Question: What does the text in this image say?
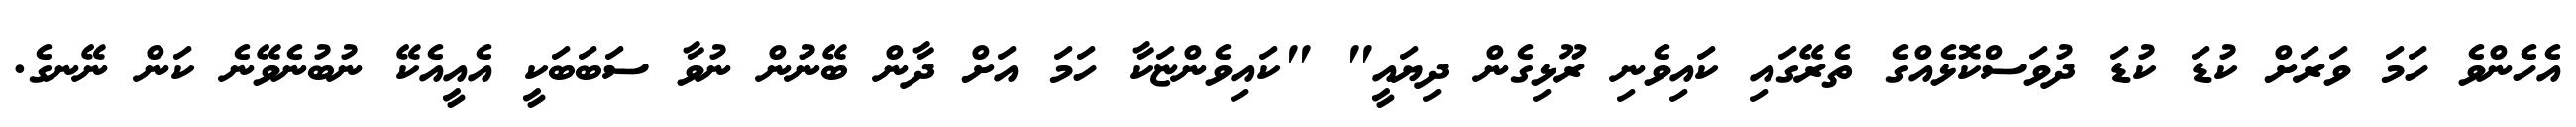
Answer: އެހެންވެ ހަމަ ވަރަށް ކުޑަ ކުޑަ ދުވަސްކޮޅެއްގެ ތެރޭގައި ކައިވެނި ރޫޅިގެން ދިޔައީ" "ކައިވެންޏަކާ ހަމަ އަށް ދާން ބޭނުން ނުވާ ސަބަބަކީ އެއީއެކޭ ނުބުނެވޭނެ ކަން ނޭނގެ.